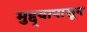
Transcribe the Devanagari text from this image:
मुद्द्यापासून